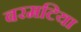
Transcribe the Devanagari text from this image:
बरमटिया